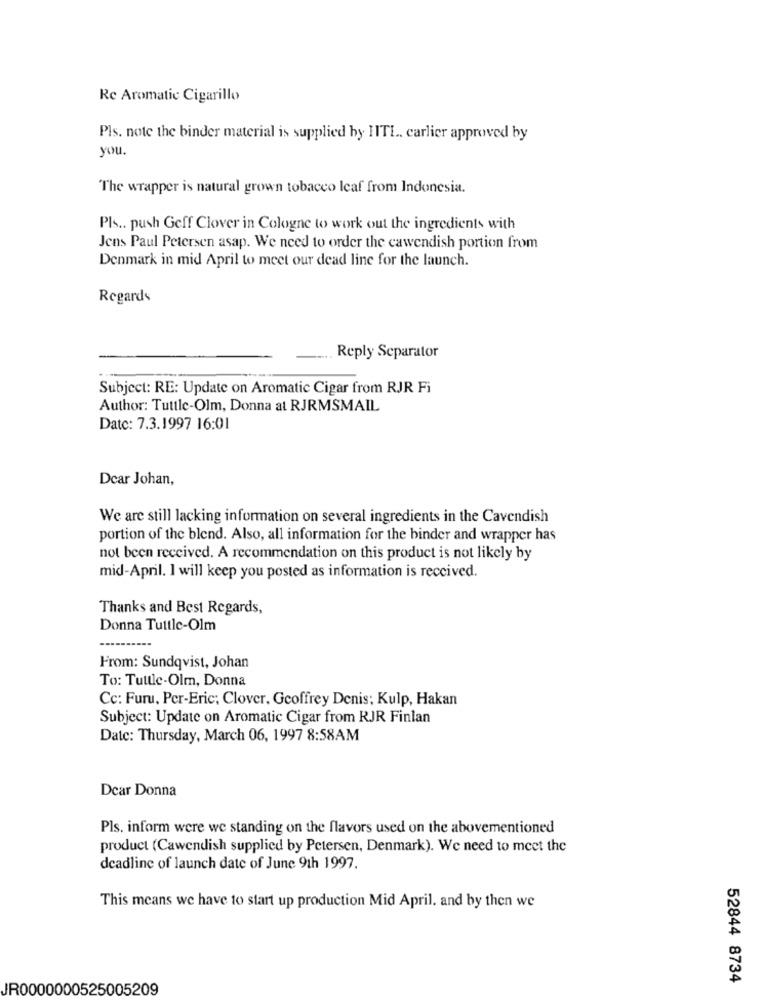
Rc Aromatic Cigarillo
Pls. note the binder material is supplied by HITL ., carlier approved by
you.
The wrapper is natural grown tobacco leaf from Indonesia.
Pls .. push Geff Clover in Cologne to work out the ingredients with
Jens Paul Petersen asap. We need to order the cawendish portion from
Denmark in mid April to meet our dead line for the launch.
Regards
Reply Separator
Subject: RE: Update on Aromatic Cigar from RJR Fi
Author: Tuttle-Olm, Donna at RJRMSMAIL
Date: 7.3.1997 16:01
Dear Johan,
We are still lacking information on several ingredients in the Cavendish
portion of the blend. Also, all information for the binder and wrapper has
not been received. A recommendation on this product is not likely by
mid-April. I will keep you posted as information is received.
Thanks and Best Regards,
Donna Tuttle-Olm
From: Sundqvist, Johan
To: Tuttle-Olm, Donna
Cc: Furu, Per-Eric; Clover. Geoffrey Denis; Kulp, Hakan
Subject: Update on Aromatic Cigar from RJR Finlan
Date: Thursday, March 06, 1997 8:58AM
Dear Donna
Pls. inform were we standing on the flavors used on the abovementioned
product (Cawendish supplied by Petersen, Denmark). We need to meet the
deadline of launch date of June 9th 1997.
This means we have to start up production Mid April. and by then we
52844 8734
JR0000000525005209